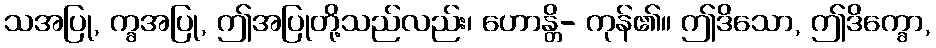
သအပြု, က္ခအပြု, ဤအပြုတို့သည်လည်း၊ ဟောန္တိ- ကုန်၏။ ဤဒိသော, ဤဒိက္ခော,